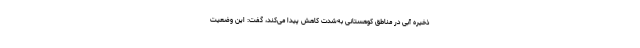
ذخیره آبی در مناطق کوهستانی به‌شدت کاهش پیدا می‌کند، گفت: این وضعیت